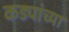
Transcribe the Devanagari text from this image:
कड्यांच्या